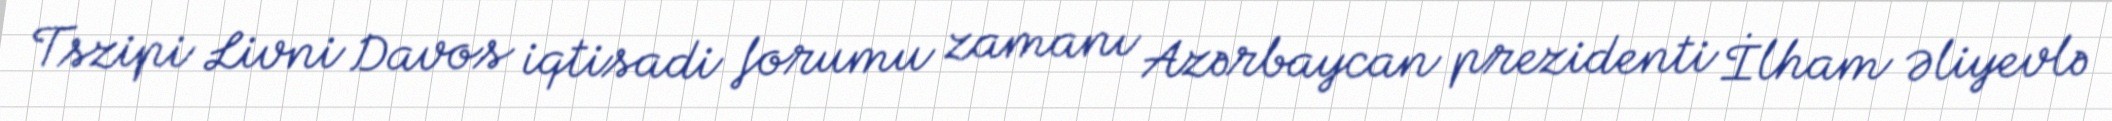
Tszipi Livni Davos iqtisadi forumu zamanı Azərbaycan prezidenti İlham Əliyevlə